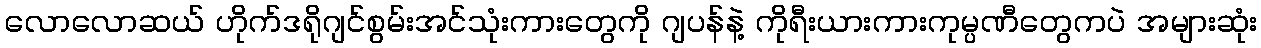
လောလောဆယ် ဟိုက်ဒရိုဂျင်စွမ်းအင်သုံးကားတွေကို ဂျပန်နဲ့ ကိုရီးယားကားကုမ္ပဏီတွေကပဲ အများဆုံး